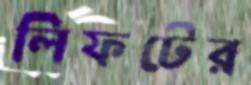
লিফটের